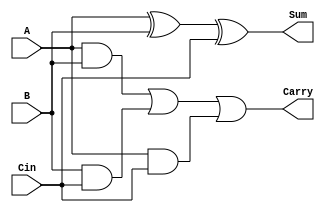
module full_adder_DF(Sum, Carry, A, B, Cin);
input A, B, Cin;
output wire Sum, Carry;
assign Sum = A ^ B^ Cin; // Assign the value of the xor of the inputs to the Sum.
assign Carry = (A & B) | (B & Cin) | (A & Cin); // Assign the value of the Carry.
						// We Simplified the boolean exprission to get to (A & B) | (B & Cin) | (A & Cin)
endmodule